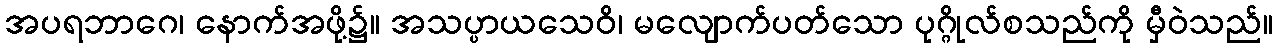
အပရဘာဂေ၊ နောက်အဖို့၌။ အသပ္ပာယသေဝိ၊ မလျောက်ပတ်သော ပုဂ္ဂိုလ်စသည်ကို မှီဝဲသည်။